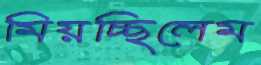
মিয়চ্ছিলেম